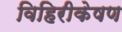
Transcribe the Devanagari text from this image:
विहिरीकेषण